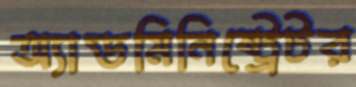
অ্যাডমিনিষ্ট্রেটর